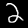
Digit: 2